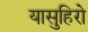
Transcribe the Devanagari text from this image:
यासुहिरो